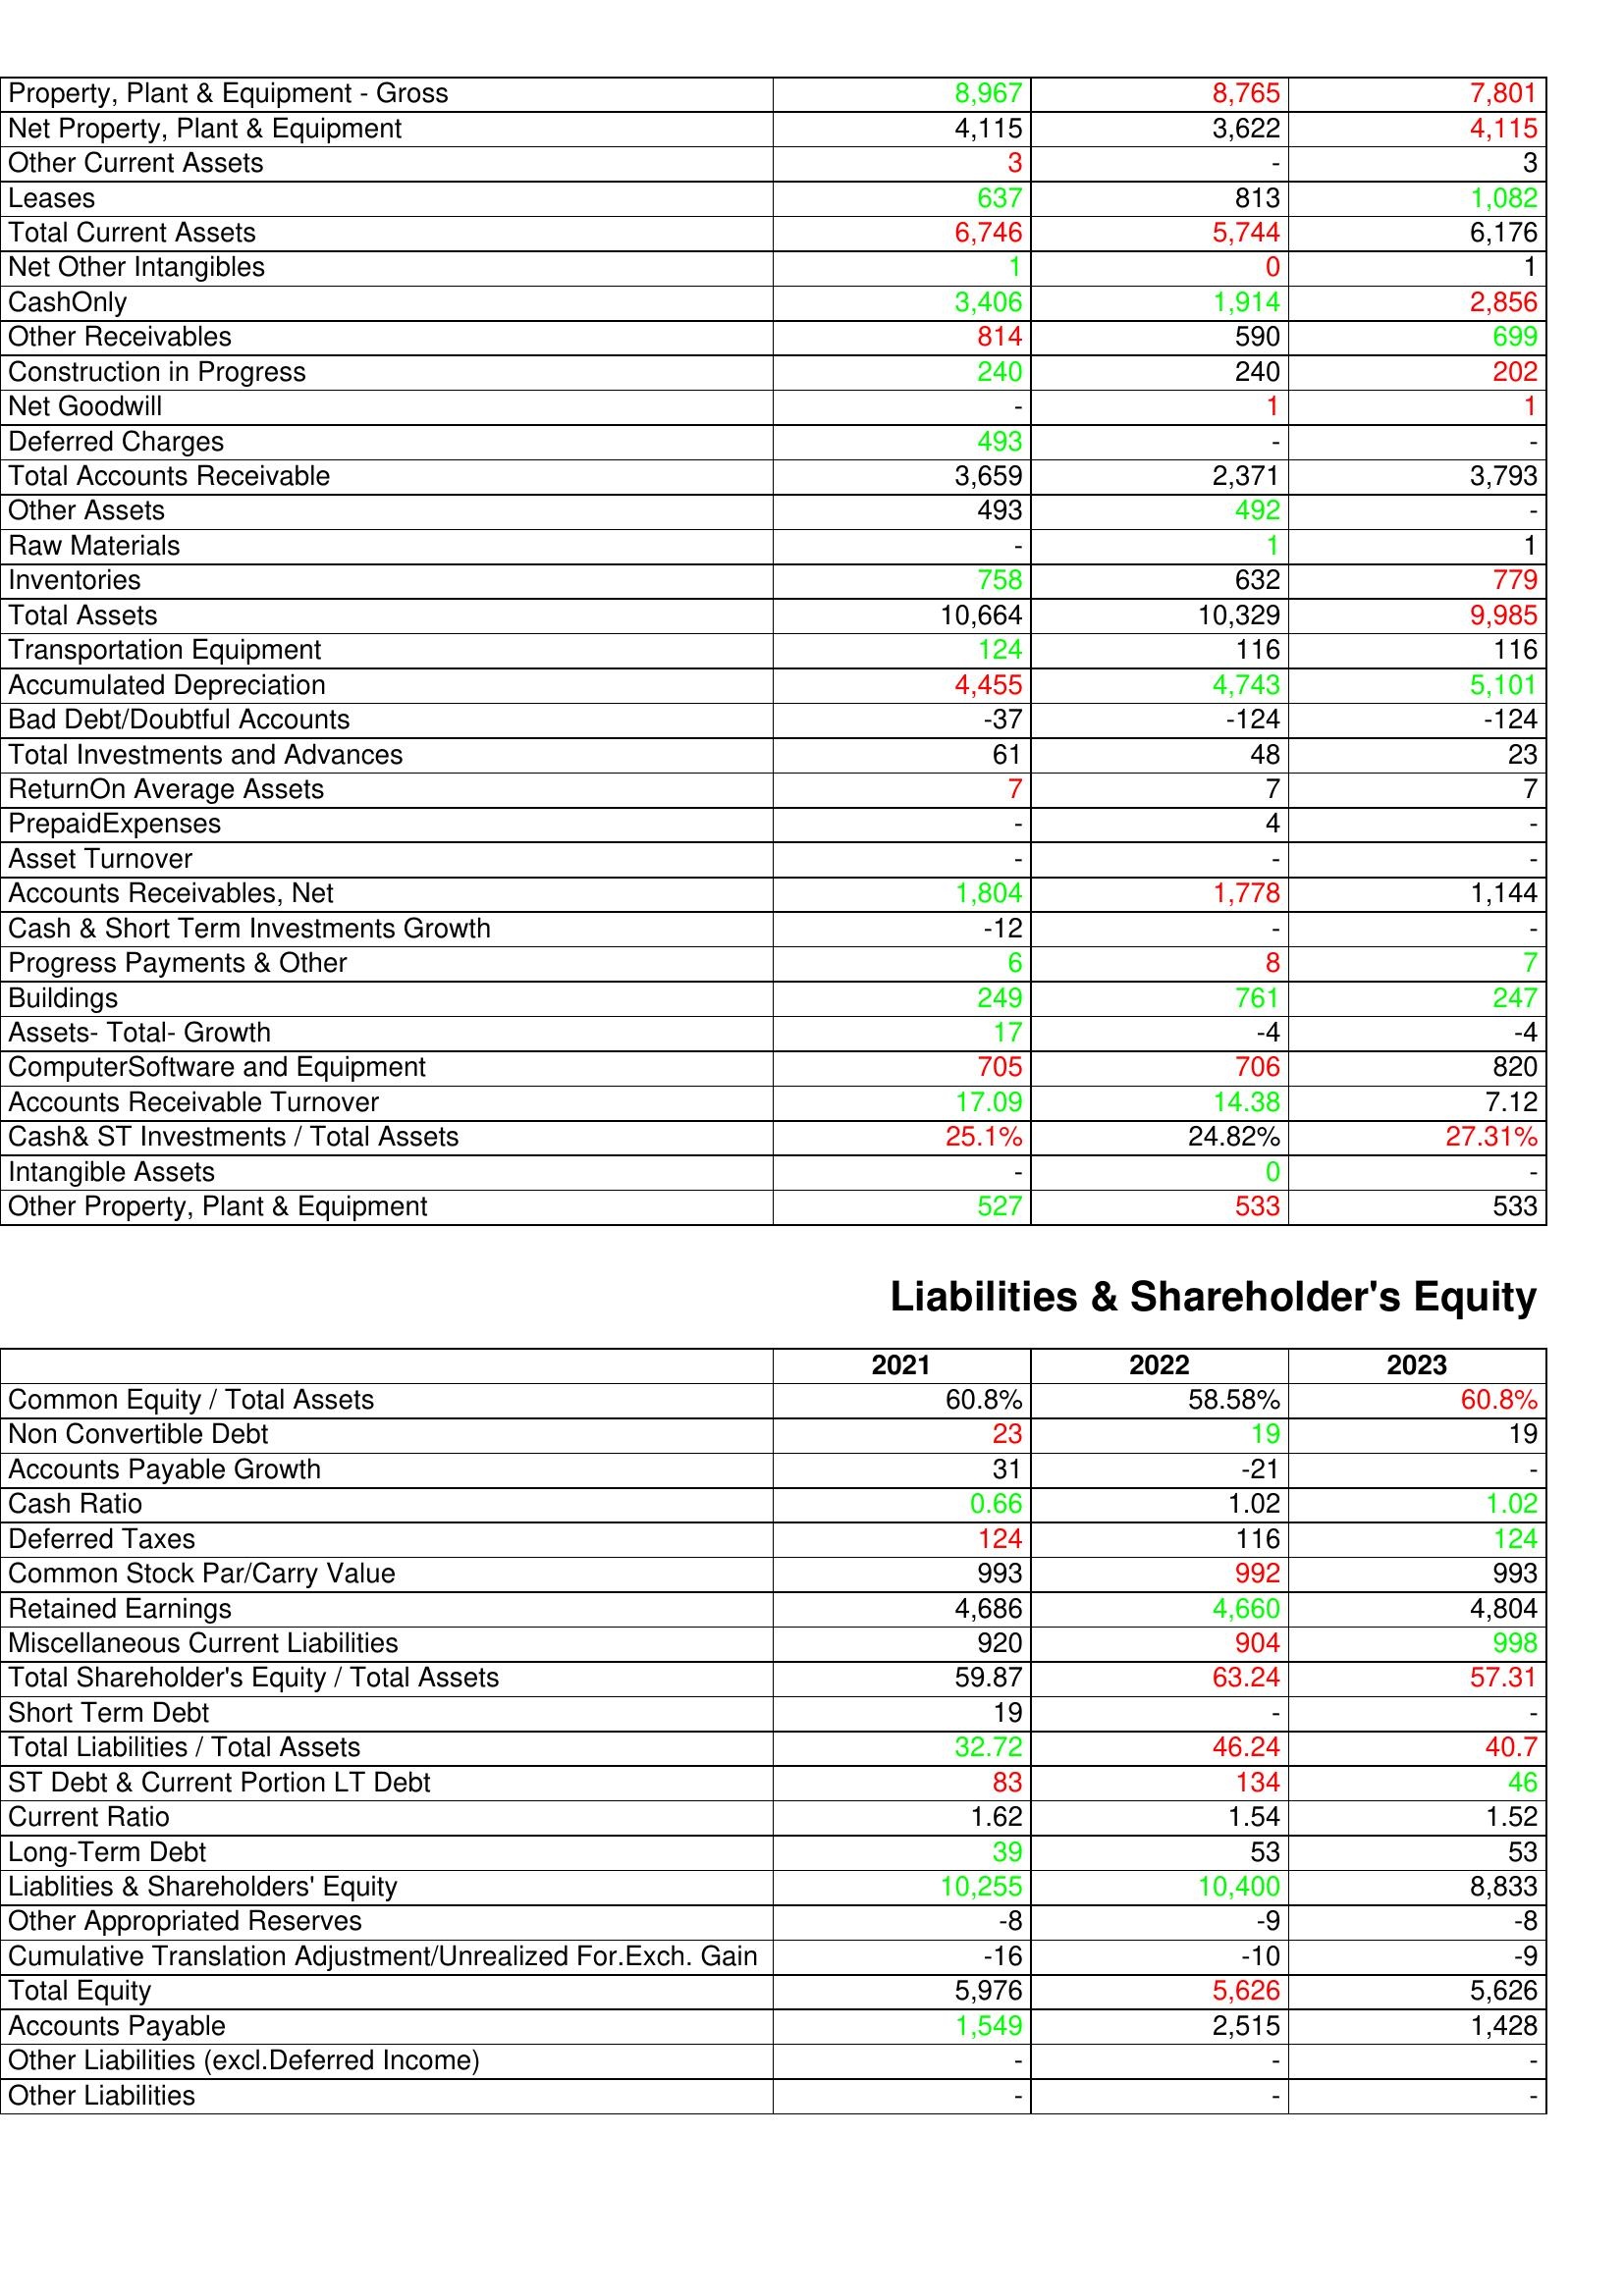
gt_parse: 2021: Assets: Property, Plant & Equipment - Gross : 8,967
Net Property, Plant & Equipment: 4,115
Other Current Assets: 3
Leases: 637
Total Current Assets: 6,746
Net Other Intangibles: 1
CashOnly: 3,406
Other Receivables: 814
Construction in Progress: 240
Net Goodwill: -
Deferred Charges: 493
Total Accounts Receivable: 3,659
Other Assets: 493
Raw Materials: -
Inventories: 758
Total Assets: 10,664
Transportation Equipment: 124
Accumulated Depreciation: 4,455
Bad Debt/Doubtful Accounts: -37
Total Investments and Advances: 61
ReturnOn Average Assets: 7
PrepaidExpenses: -
Asset Turnover: -
Accounts Receivables, Net: 1,804
Cash & Short Term Investments Growth: -12
Progress Payments & Other: 6
Buildings: 249
Assets- Total- Growth: 17
ComputerSoftware and Equipment: 705
Accounts Receivable Turnover: 17.09
Cash& ST Investments / Total Assets: 25.1%
Intangible Assets: -
Other Property, Plant & Equipment: 527
Liabilities & Shareholder's Equity: Common Equity / Total Assets: 60.8%
Non Convertible Debt: 23
Accounts Payable Growth: 31
Cash Ratio: 0.66
Deferred Taxes: 124
Common Stock Par/Carry Value: 993
Retained Earnings: 4,686
Miscellaneous Current Liabilities: 920
Total Shareholder's Equity / Total Assets: 59.87
Short Term Debt: 19
Total Liabilities / Total Assets: 32.72
ST Debt & Current Portion LT Debt: 83
Current Ratio: 1.62
Long-Term Debt: 39
Liablities & Shareholders' Equity: 10,255
Other Appropriated Reserves: -8
Cumulative Translation Adjustment/Unrealized For.Exch. Gain: -16
Total Equity: 5,976
Accounts Payable: 1,549
Other Liabilities (excl.Deferred Income): -
Other Liabilities: -
2022: Assets: Property, Plant & Equipment - Gross : 8,765
Net Property, Plant & Equipment: 3,622
Other Current Assets: -
Leases: 813
Total Current Assets: 5,744
Net Other Intangibles: 0
CashOnly: 1,914
Other Receivables: 590
Construction in Progress: 240
Net Goodwill: 1
Deferred Charges: -
Total Accounts Receivable: 2,371
Other Assets: 492
Raw Materials: 1
Inventories: 632
Total Assets: 10,329
Transportation Equipment: 116
Accumulated Depreciation: 4,743
Bad Debt/Doubtful Accounts: -124
Total Investments and Advances: 48
ReturnOn Average Assets: 7
PrepaidExpenses: 4
Asset Turnover: -
Accounts Receivables, Net: 1,778
Cash & Short Term Investments Growth: -
Progress Payments & Other: 8
Buildings: 761
Assets- Total- Growth: -4
ComputerSoftware and Equipment: 706
Accounts Receivable Turnover: 14.38
Cash& ST Investments / Total Assets: 24.82%
Intangible Assets: 0
Other Property, Plant & Equipment: 533
Liabilities & Shareholder's Equity: Common Equity / Total Assets: 58.58%
Non Convertible Debt: 19
Accounts Payable Growth: -21
Cash Ratio: 1.02
Deferred Taxes: 116
Common Stock Par/Carry Value: 992
Retained Earnings: 4,660
Miscellaneous Current Liabilities: 904
Total Shareholder's Equity / Total Assets: 63.24
Short Term Debt: -
Total Liabilities / Total Assets: 46.24
ST Debt & Current Portion LT Debt: 134
Current Ratio: 1.54
Long-Term Debt: 53
Liablities & Shareholders' Equity: 10,400
Other Appropriated Reserves: -9
Cumulative Translation Adjustment/Unrealized For.Exch. Gain: -10
Total Equity: 5,626
Accounts Payable: 2,515
Other Liabilities (excl.Deferred Income): -
Other Liabilities: -
2023: Assets: Property, Plant & Equipment - Gross : 7,801
Net Property, Plant & Equipment: 4,115
Other Current Assets: 3
Leases: 1,082
Total Current Assets: 6,176
Net Other Intangibles: 1
CashOnly: 2,856
Other Receivables: 699
Construction in Progress: 202
Net Goodwill: 1
Deferred Charges: -
Total Accounts Receivable: 3,793
Other Assets: -
Raw Materials: 1
Inventories: 779
Total Assets: 9,985
Transportation Equipment: 116
Accumulated Depreciation: 5,101
Bad Debt/Doubtful Accounts: -124
Total Investments and Advances: 23
ReturnOn Average Assets: 7
PrepaidExpenses: -
Asset Turnover: -
Accounts Receivables, Net: 1,144
Cash & Short Term Investments Growth: -
Progress Payments & Other: 7
Buildings: 247
Assets- Total- Growth: -4
ComputerSoftware and Equipment: 820
Accounts Receivable Turnover: 7.12
Cash& ST Investments / Total Assets: 27.31%
Intangible Assets: -
Other Property, Plant & Equipment: 533
Liabilities & Shareholder's Equity: Common Equity / Total Assets: 60.8%
Non Convertible Debt: 19
Accounts Payable Growth: -
Cash Ratio: 1.02
Deferred Taxes: 124
Common Stock Par/Carry Value: 993
Retained Earnings: 4,804
Miscellaneous Current Liabilities: 998
Total Shareholder's Equity / Total Assets: 57.31
Short Term Debt: -
Total Liabilities / Total Assets: 40.7
ST Debt & Current Portion LT Debt: 46
Current Ratio: 1.52
Long-Term Debt: 53
Liablities & Shareholders' Equity: 8,833
Other Appropriated Reserves: -8
Cumulative Translation Adjustment/Unrealized For.Exch. Gain: -9
Total Equity: 5,626
Accounts Payable: 1,428
Other Liabilities (excl.Deferred Income): -
Other Liabilities: -